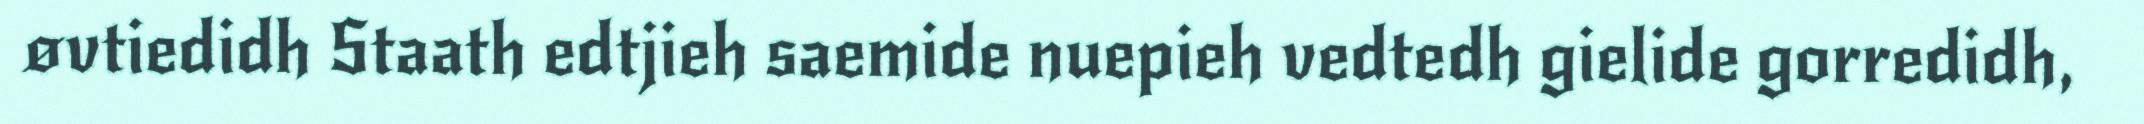
øvtiedidh Staath edtjieh saemide nuepieh vedtedh gielide gorredidh,